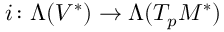
i \colon \Lambda ( V ^ { * } ) \to \Lambda ( T _ { p } M ^ { * } )